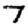
Digit: 7